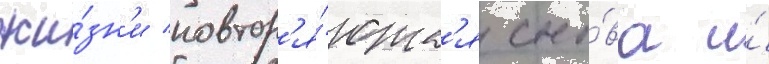
жи́зн'и повтор'я́ютс'я сно́ва и́